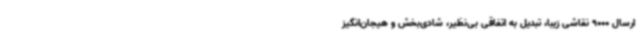
ارسال 9000 نقاشی زیبا، تبدیل به اتفاقی بی‌نظیر، شادی‌بخش و هیجان‌انگیز